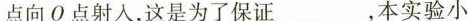
点向O点射人，这是为了保证___，本实验小